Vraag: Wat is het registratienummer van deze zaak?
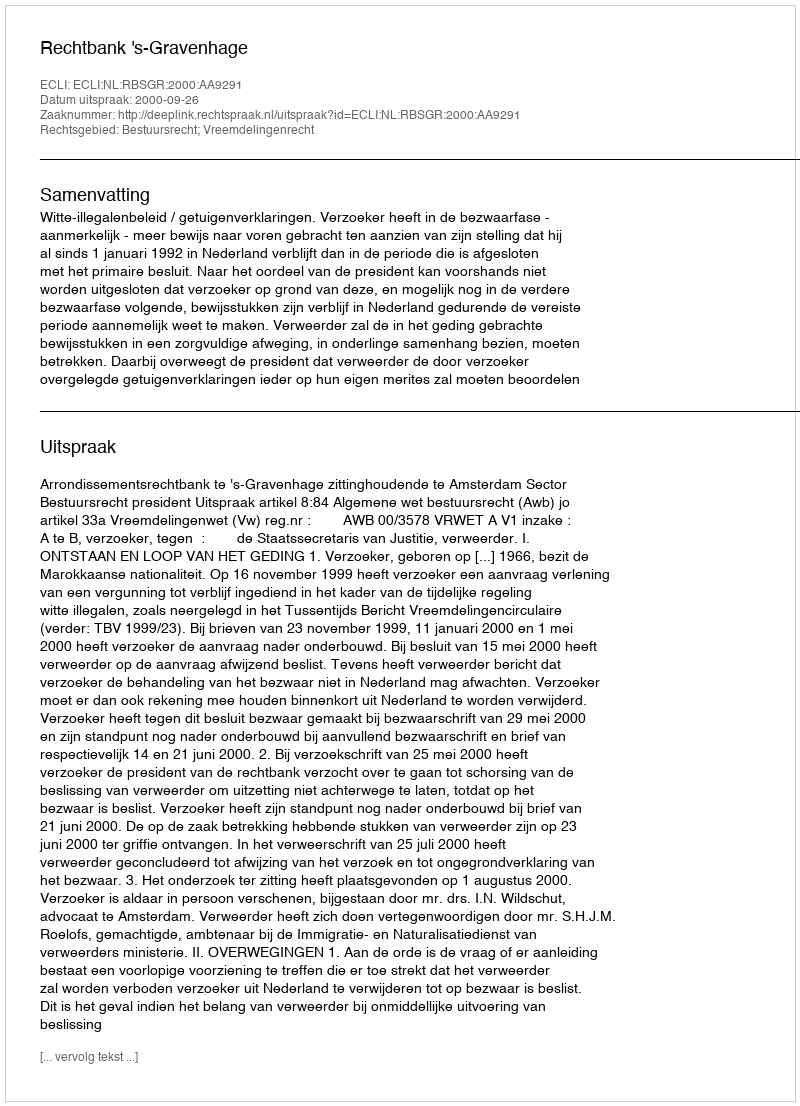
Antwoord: http://deeplink.rechtspraak.nl/uitspraak?id=ECLI:NL:RBSGR:2000:AA9291